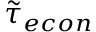
\tilde { \tau } _ { e c o n }